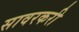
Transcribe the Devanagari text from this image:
सावरकरी